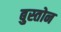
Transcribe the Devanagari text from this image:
बुस्तोन